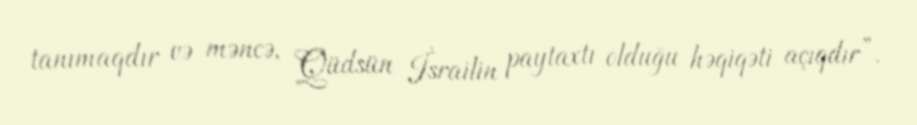
tanımaqdır və məncə, Qüdsün İsrailin paytaxtı olduğu həqiqəti açıqdır”.